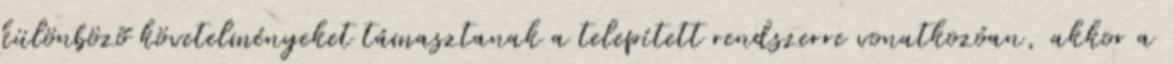
különbözõ követelményeket támasztanak a telepített rendszerre vonatkozóan, akkor a